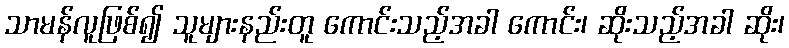
သာမန်လူဖြစ်၍ သူများနည်းတူ ကောင်းသည့်အခါ ကောင်း၊ ဆိုးသည့်အခါ ဆိုး၊